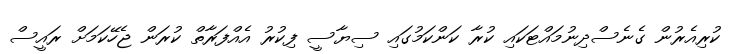
ކުރިއެރުން ގެނެސްދިނުމައްޓަކައި ކުރާ ކަންކަމުގައި ސިޔާސީ ފިކުރު އެއްފަރާތް ކުރަން ޖެހޭކަމަށް ރައީސް